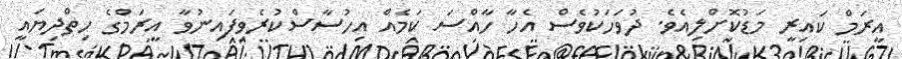
އީރަމް ކައިރީ މަޑުކޮށްލިއެވެ. ދުވަހަކުވެސް އެހާ ހާއްސަ ކަމެއް އިހުސާސްކުރެވިފައިނުވާ އީރަމްގެ ހިތްދިޔައީ